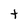
Character: t